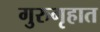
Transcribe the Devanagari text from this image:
गुरुगृहात